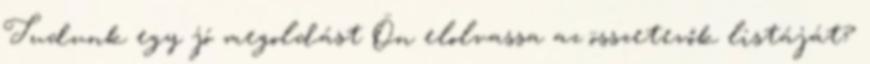
Tudunk egy jó megoldást Ön elolvassa az összetevők listáját?